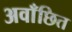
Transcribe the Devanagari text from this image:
अवाँछित